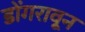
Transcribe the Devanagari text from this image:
डोंगरावून